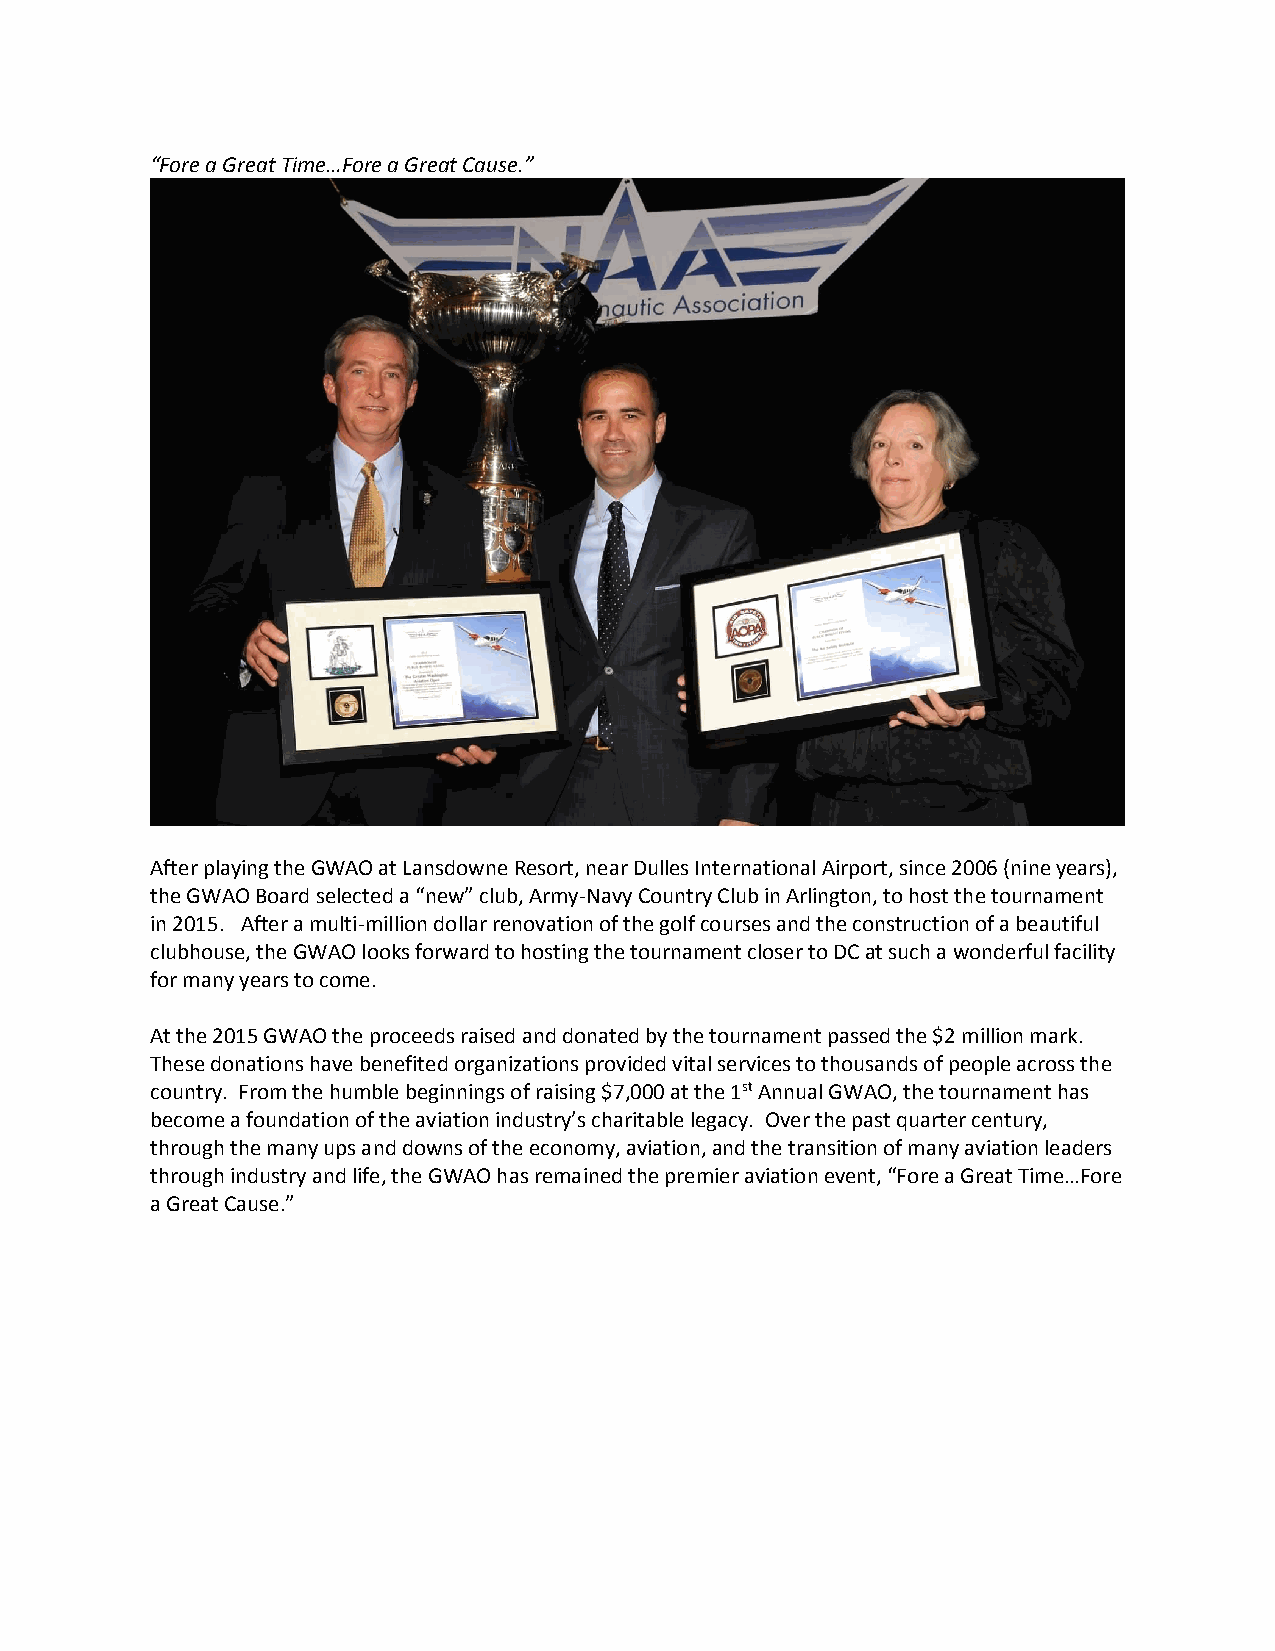
“Fore a Great Time…Fore a Great Cause.”
 After playing the GWAO at Lansdowne Resort, near Dulles International Airport, since 2006 (nine years),
 the GWAO Board selected a “new” club, Army-Navy Country Club in Arlington, to host the tournament
 in 2015. After a multi-million dollar renovation of the golf courses and the construction of a beautiful
 clubhouse, the GWAO looks forward to hosting the tournament closer to DC at such a wonderful facility
 for many years to come.
 At the 2015 GWAO the proceeds raised and donated by the tournament passed the $2 million mark.
 These donations have benefited organizations provided vital services to thousands of people across the
 country. From the humble beginnings of raising $7,000 at the 1st Annual GWAO, the tournament has
 become a foundation of the aviation industry’s charitable legacy. Over the past quarter century,
 through the many ups and downs of the economy, aviation, and the transition of many aviation leaders
 through industry and life, the GWAO has remained the premier aviation event, “Fore a Great Time…Fore
 a Great Cause.”